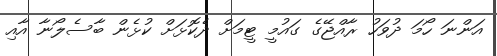
އަންނަ ހޯމަ ދުވަހު ރާއްޖޭގެ ގައުމީ ޓީމަށް ދެކޮޅަށް ކުޅެން ބާސެލޯނާ އާއި